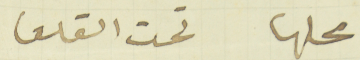
محلها تحت القلعا